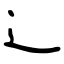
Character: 辶